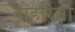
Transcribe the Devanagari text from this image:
डोहरिया